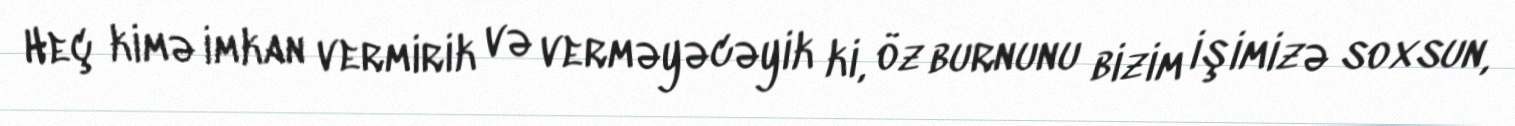
Heç kimə imkan vermirik və verməyəcəyik ki, öz burnunu bizim işimizə soxsun,